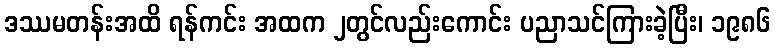
ဒဿမတန်းအထိ ရန်ကင်း အထက ၂တွင်လည်းကောင်း ပညာသင်ကြားခဲ့ပြီး၊ ၁၉၈၆